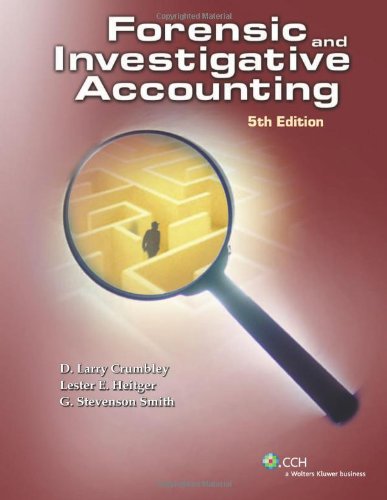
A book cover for Forensic & Investigative Accounting (Fifth Edition); Professor D. Larry Crumbley; Business & Money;